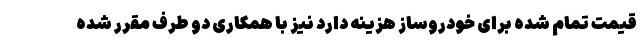
قیمت تمام شده برای خودروساز هزینه دارد نیز با همکاری دو طرف مقرر شده